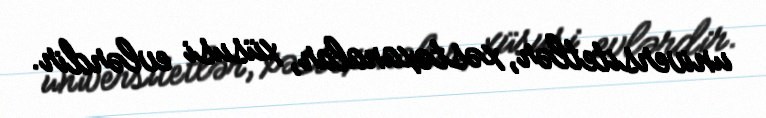
universitetlər, xəstəxanalar, xüsusi evlərdir.